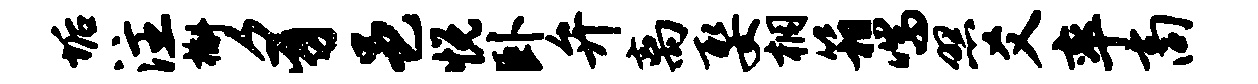
垢注槲豸邑悦卧弁离娶桐箱喘照爻率商